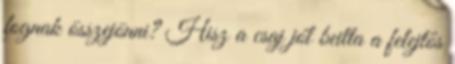
fognak összejönni? Hisz a csaj jól beitta a felejtős